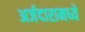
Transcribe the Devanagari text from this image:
अर्जदारामध्ये